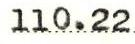
110.22